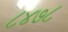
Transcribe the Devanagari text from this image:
८४७८